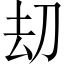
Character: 刧